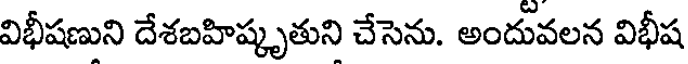
విభీషణుని దేశబహిష్కృతుని చేసెను. అందువలన విభీష